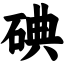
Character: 碘